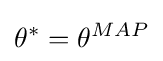
\theta ^{*}=\theta ^{MAP}